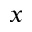
x